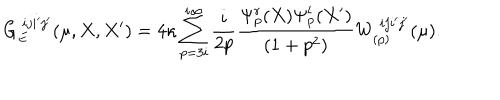
LaTeX: G _ { E } ^ { \ i j i ^ { \prime } j ^ { \prime } } ( \mu , X , X ^ { \prime } ) = 4 \kappa \sum _ { p = 3 i } ^ { i \infty } \frac { i } { 2 p } \frac { \Psi _ { p } ^ { r } ( X ) \Psi _ { p } ^ { l } ( X ^ { \prime } ) } { ( 1 + p ^ { 2 } ) } W _ { ( p ) } ^ { \ i j i ^ { \prime } j ^ { \prime } } ( \mu ) .